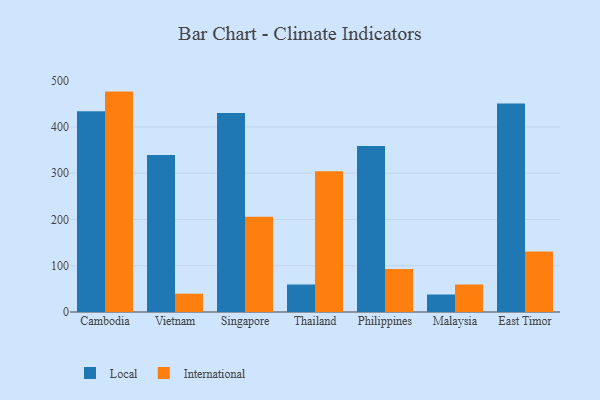
{"axis": {"x": "Country", "y": "Budget (USD K)"}, "legend": ["International", "Local"], "data": [{"x": "Cambodia", "y": 433.9, "type": "Local"}, {"x": "Cambodia", "y": 476.3, "type": "International"}, {"x": "Vietnam", "y": 339.2, "type": "Local"}, {"x": "Vietnam", "y": 39.5, "type": "International"}, {"x": "Singapore", "y": 429.8, "type": "Local"}, {"x": "Singapore", "y": 205.6, "type": "International"}, {"x": "Thailand", "y": 59.4, "type": "Local"}, {"x": "Thailand", "y": 304.1, "type": "International"}, {"x": "Philippines", "y": 358.8, "type": "Local"}, {"x": "Philippines", "y": 93.0, "type": "International"}, {"x": "Malaysia", "y": 37.8, "type": "Local"}, {"x": "Malaysia", "y": 59.4, "type": "International"}, {"x": "East Timor", "y": 450.6, "type": "Local"}, {"x": "East Timor", "y": 131.0, "type": "International"}]}